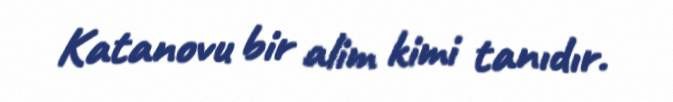
Katanovu bir alim kimi tanıdır.